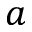
a